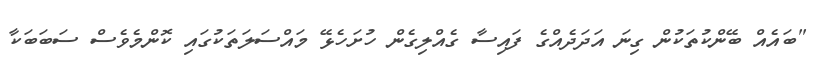
"ބައެއް ބޭންކުތަކުން ގިނަ އަދަދެއްގެ ފައިސާ ގެއްލިގެން ހުށަހެޅޭ މައްސަލަތަކުގައި ކޮންމެވެސް ސަބަބަކާ